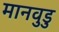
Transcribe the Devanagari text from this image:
मानवुडु